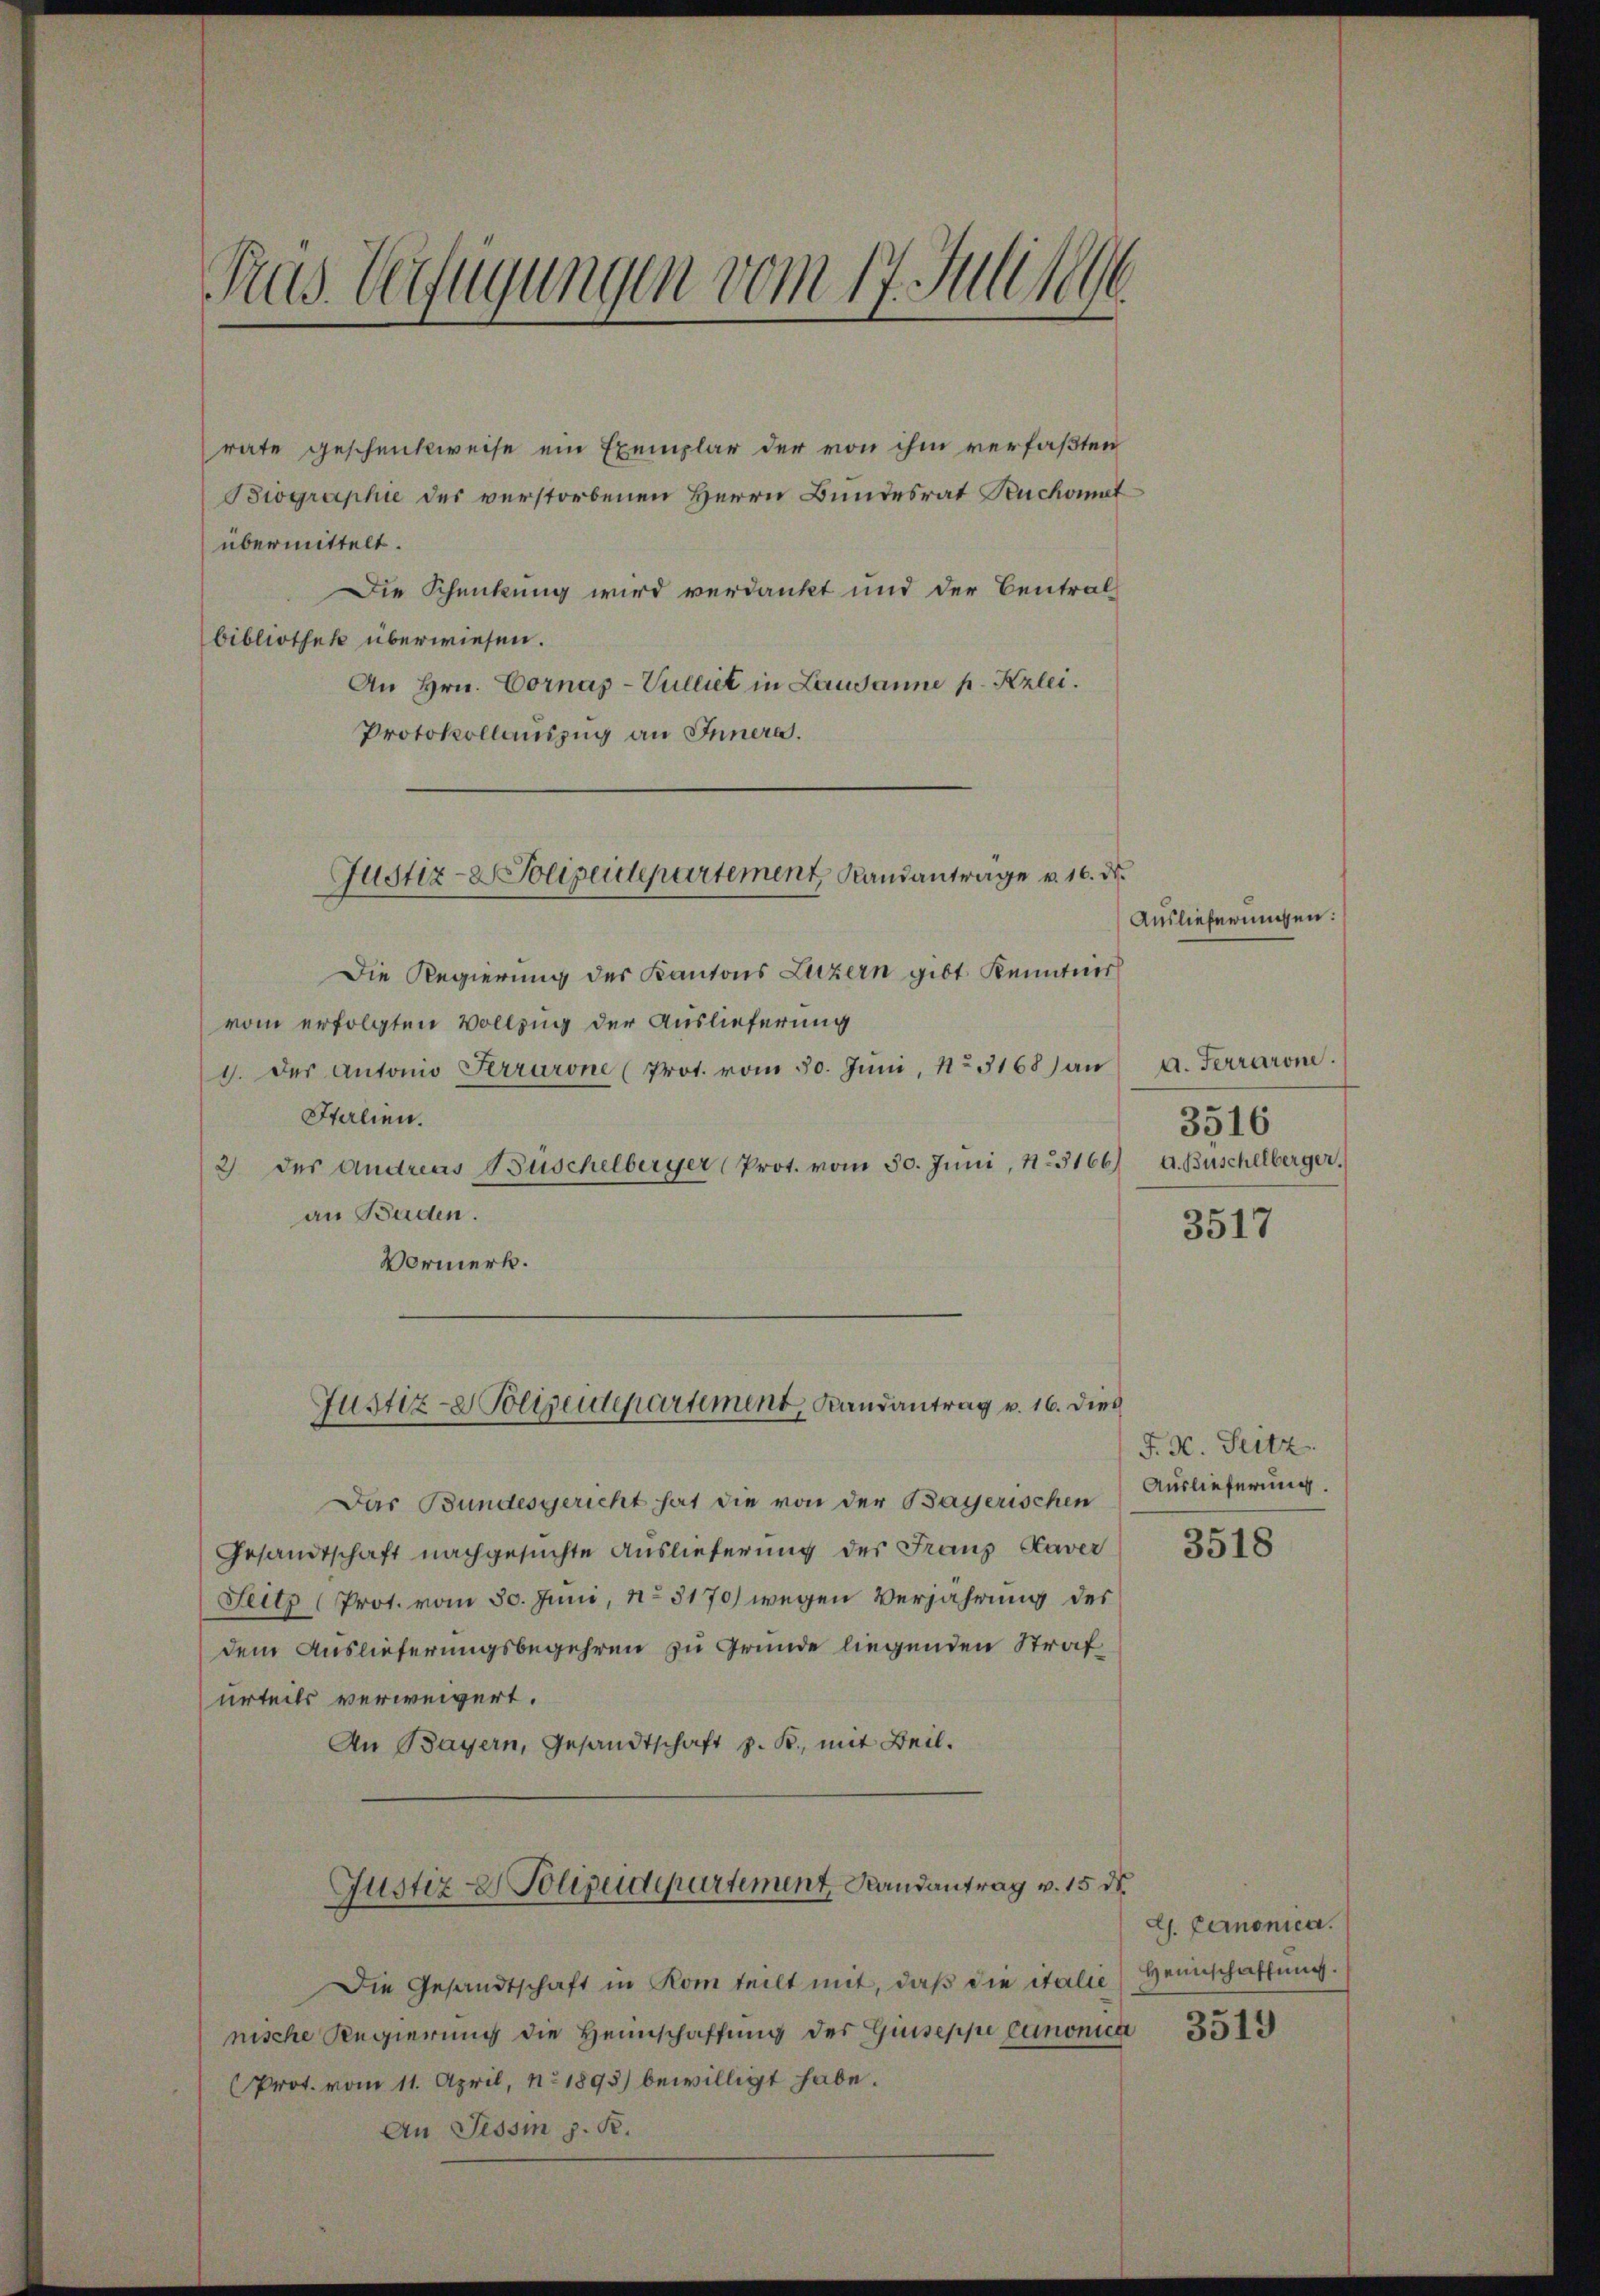
Pras. Verfügungen vom 17. Juli 1890

rate geschenkweise ein Exemplar der von ihm verfaßten
Biographie des verstorbenen Herrn Bundesrat Ruchomat
übermittelt.
Die Schenkung wird verdankt und der Central
bibliothek überwiesen.
An Hrn. Cornas-Vulliet in Lausanne p. Kzlei.
Protokollauszug an Innern.

Justiz-Polizeidepartement Randantrage v. 16. de

Justiz- Polizeidepartement, Landantrag v. 16. dies

Die Regierung des Kantons Luzern gibt Kenntniss
vom erfolgten Vollzug der Auslieferung
1. des Antonio Serrarone (Prot. vom 30. Juni, No 5168) an
Italien.
2) der Andreas Büschelberger (Prot. vom 30. Juni, 1.5166)
an Baden.
Vormerk.
Das Bundesgericht hat die von der Bayerischen
Gesandtschaft nachgesuchte Auslieferung des Franz Kaver
Feitz (Prot. vom 30. Juni, No 5170) wegen Verjährung des
dem Auslieferungsbegehren zu Grunde liegenden Strafurteils verweigert.
An Bayern, Gesandtschaft z. B., mit Beil.
Justiz & Polizeidepartement, Randantrag v. 15 d
Die Gesandtschaft in Kom teilt mit, daß die italie
nische Regierung die Heimschaffung des Guseppe gemonica
Prot. vom 11. April, No. 1893) bewilligt habe.
An Tessin z. R.

Auslieferungen:

a. Ferrarone.
A. Buschelberger.

3516

3517

J. H. Seitz
Auslieferung.

3518

dh. Demonica.
Heimschaffung.